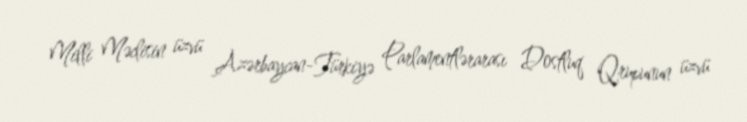
Milli Məclisin üzvü Azərbaycan-Türkiyə Parlamentlərarası Dostluq Qrupunun üzvü